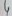
Text: 4